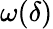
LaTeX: \omega(\delta)